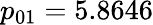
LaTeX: p_{01}=5.8646